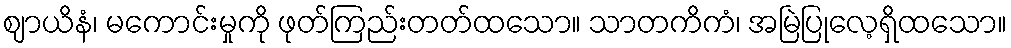
ဈာယိနံ၊ မကောင်းမှုကို ဖုတ်ကြည်းတတ်ထသော။ သာတကိကံ၊ အမြဲပြုလေ့ရှိထသော။